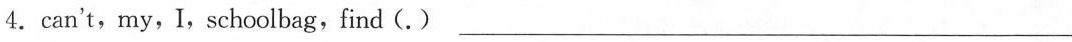
4.can't,my,I,schoolbag,find(.) ___